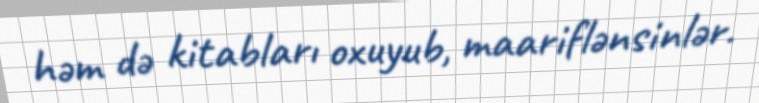
həm də kitabları oxuyub, maariflənsinlər.